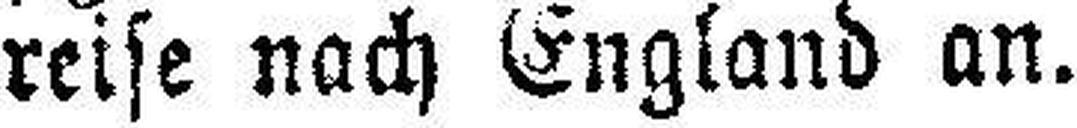
reise nach England an.